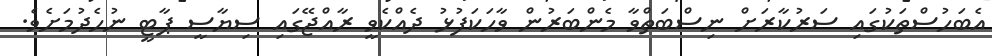
އެބަހުސްތަކުގައި ސަރުކާރަށް ނިސްބަތްވާ މެންބަރުން ވާހަކަފުޅު ދެއްކެވީ ރާއްޖޭގައި ސިޔާސީ ޕާޓީ ނުހެދުމަށެވެ.